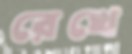
রেখে